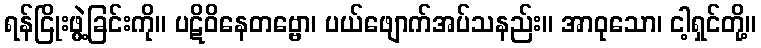
ရန်ငြိုးဖွဲ့ခြင်းကို။ ပဋိဝိနေတဗ္ဗော၊ ပယ်ဖျောက်အပ်သနည်း။ အာဝုသော၊ ငါ့ရှင်တို့။